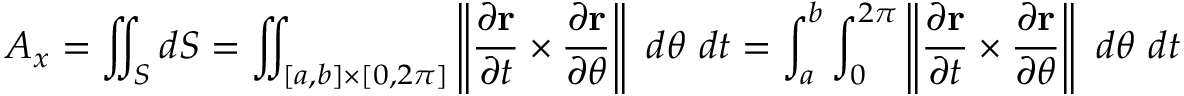
A _ { x } = \iint _ { S } d S = \iint _ { [ a , b ] \times [ 0 , 2 \pi ] } \left\| { \frac { \partial \mathbf { r } } { \partial t } } \times { \frac { \partial \mathbf { r } } { \partial \theta } } \right\| \ d \theta \ d t = \int _ { a } ^ { b } \int _ { 0 } ^ { 2 \pi } \left\| { \frac { \partial \mathbf { r } } { \partial t } } \times { \frac { \partial \mathbf { r } } { \partial \theta } } \right\| \ d \theta \ d t